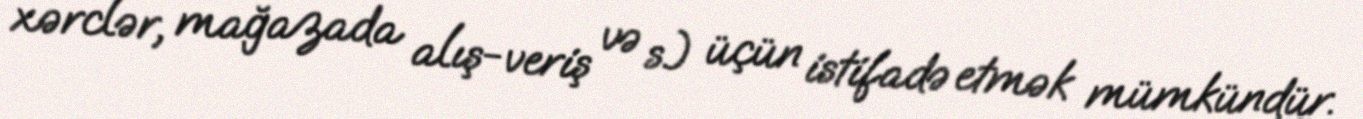
xərclər, mağazada alış-veriş və s.) üçün istifadə etmək mümkündür.